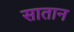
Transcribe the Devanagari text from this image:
सातान